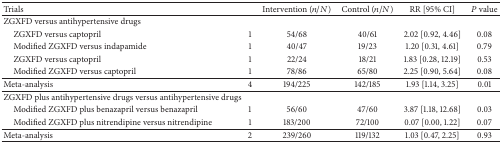
<table><thead><tr><td><b>Trials</b></td><td><b> </b></td><td><b>Intervention (<i>n</i>/<i>N</i>)</b></td><td><b>Control (<i>n</i>/<i>N</i>)</b></td><td><b>RR [95% CI]</b></td><td><b><i>P</i> value</b></td></tr></thead><tbody><tr><td>ZGXFD versus antihypertensive drugs</td><td> </td><td> </td><td> </td><td> </td><td> </td></tr><tr><td> ZGXFD versus captopril</td><td>1</td><td>54/68</td><td>40/61</td><td>2.02 [0.92, 4.46]</td><td>0.08</td></tr><tr><td> Modified ZGXFD versus indapamide</td><td>1</td><td>40/47</td><td>19/23</td><td>1.20 [0.31, 4.61]</td><td>0.79</td></tr><tr><td> ZGXFD versus captopril</td><td>1</td><td>22/24</td><td>18/21</td><td>1.83 [0.28, 12.19]</td><td>0.53</td></tr><tr><td> Modified ZGXFD versus captopril</td><td>1</td><td>78/86</td><td>65/80</td><td>2.25 [0.90, 5.64]</td><td>0.08</td></tr><tr><td>Meta-analysis</td><td>4</td><td>194/225</td><td>142/185</td><td>1.93 [1.14, 3.25]</td><td>0.01</td></tr><tr><td>ZGXFD plus antihypertensive drugs versus antihypertensive drugs</td><td> </td><td> </td><td> </td><td> </td><td> </td></tr><tr><td> Modified ZGXFD plus benazapril versus benazapril</td><td>1</td><td>56/60</td><td>47/60</td><td>3.87 [1.18, 12.68]</td><td>0.03</td></tr><tr><td> Modified ZGXFD plus nitrendipine versus nitrendipine</td><td>1</td><td>183/200</td><td>72/100</td><td>0.07 [0.00, 1.22]</td><td>0.07</td></tr><tr><td>Meta-analysis</td><td>2</td><td>239/260</td><td>119/132</td><td>1.03 [0.47, 2.25]</td><td>0.93</td></tr></tbody></table>